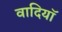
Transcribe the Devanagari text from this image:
वादियॉ